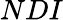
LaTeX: NDI